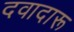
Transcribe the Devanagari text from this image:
दवादारू